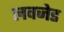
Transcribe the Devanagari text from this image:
लवजेड